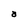
Character: a